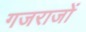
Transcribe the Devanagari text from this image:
गजराजों